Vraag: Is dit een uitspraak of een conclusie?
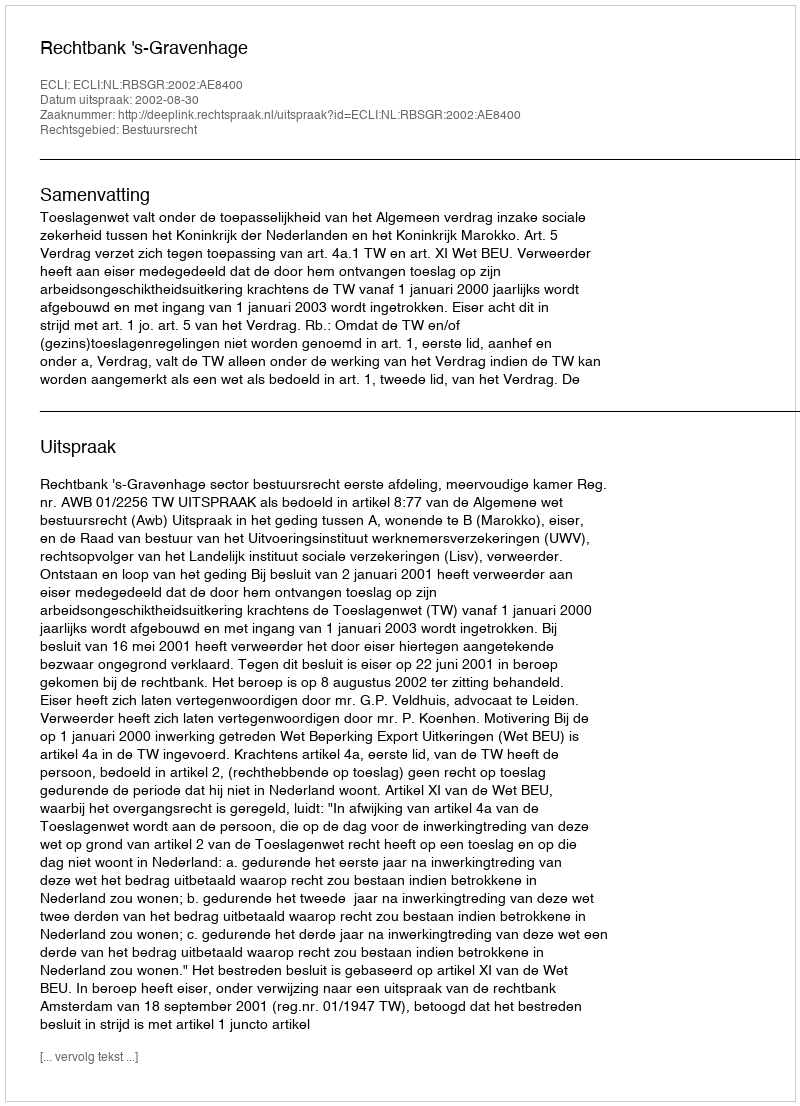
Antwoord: Uitspraak